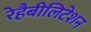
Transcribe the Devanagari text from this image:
रेहैबीलिटेशन